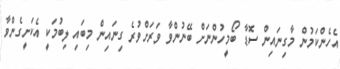
އެހެންކަމުން މާގިނައިން ސޮޑާ ބޯމީހުންނަށް ބޭނުންވާ ވަރަށްވުރެ ގިނައިން މިބައި ލިބުމަކީ އެކަށީގެންވާ